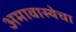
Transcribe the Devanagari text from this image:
अमावास्येचा